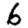
Digit: 6